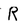
Character: R